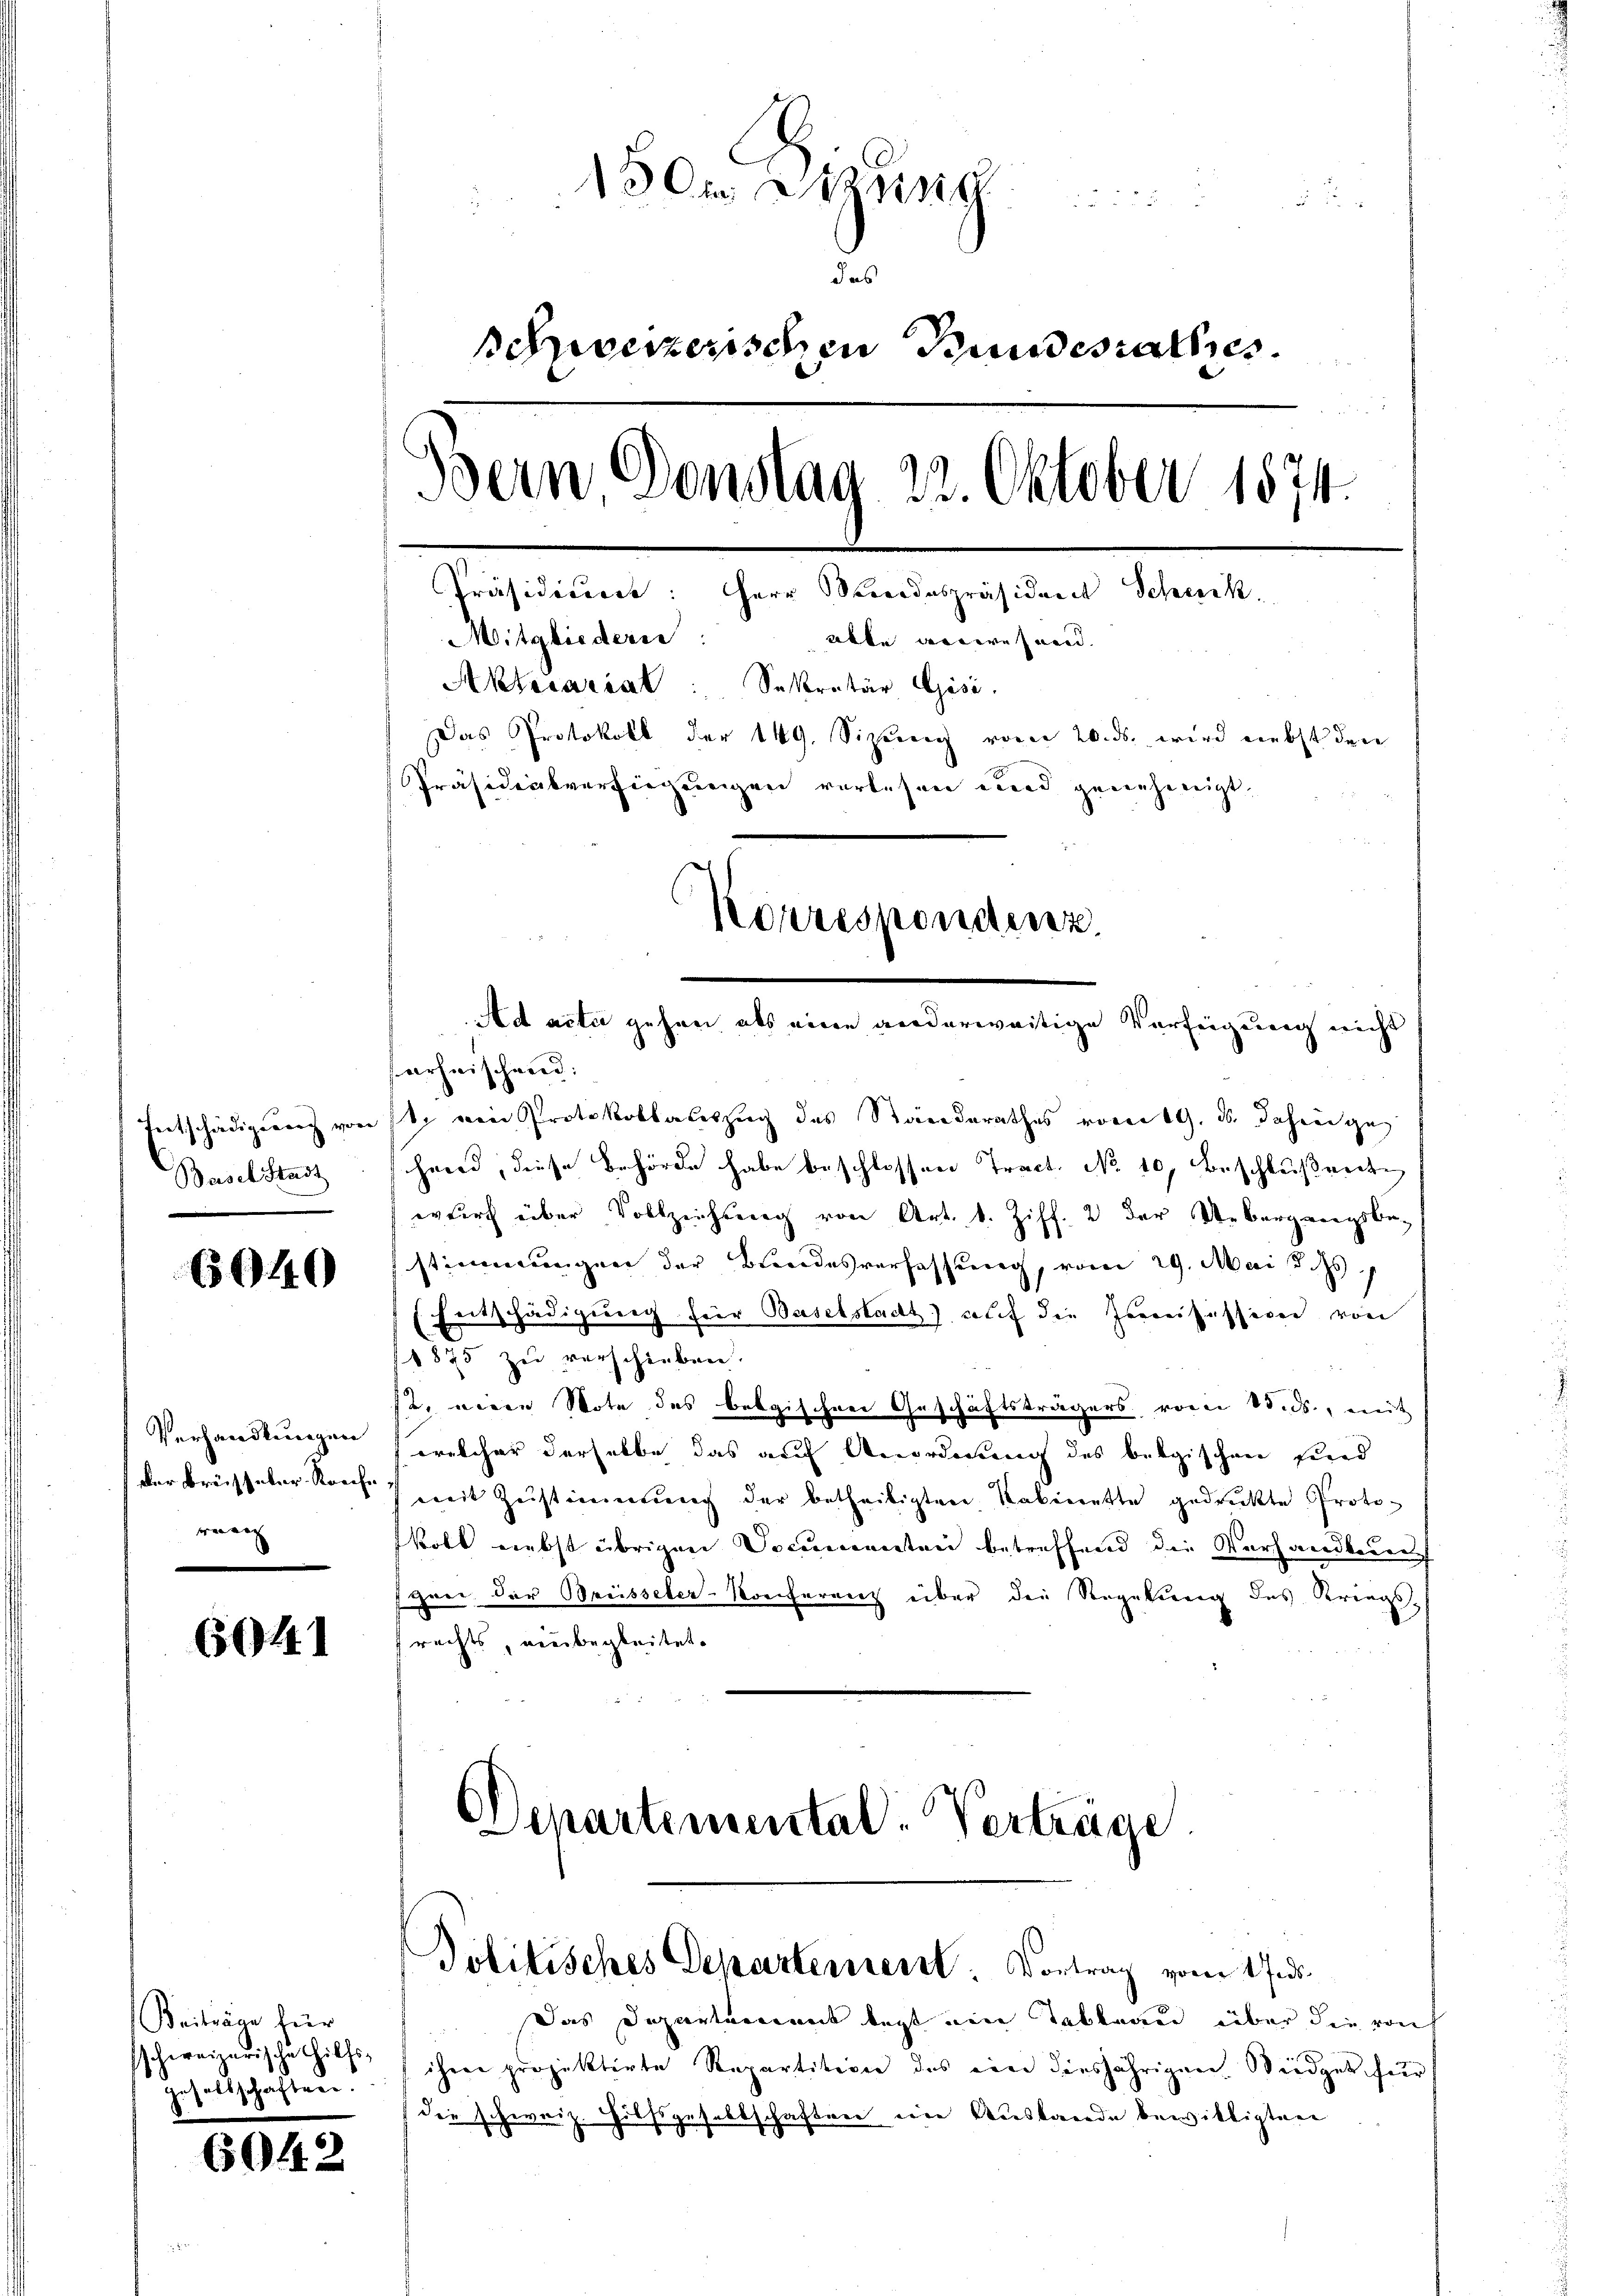
Basel Stadt

6040

Verhandlungen
Der Breissekur-Reichreang

(5644

Beiträge für
schweizerische Hilfsgesellschaften.

604

50r Weing
3 x
das
schweizerischen Bundesrathes
Bein Donstag 22. Oktober 1874.
Präsidiciret: Herr Seidespräsident Schnik.
Mitgliederse: alle verwehnen.
Aktecarial: Sekretär Gisi
Das Protokoll der 149. Sizung vom 20. ds. wird nebst den
Präsidialversiegungen verlesen und genehmigt.
Korrespondenz.
Ad acta gehen als eine anderweitige Verfügung nicht

erheischend:
Entschädigung von 11. von Protokollauszug des Ständerathes vom 19. ds. dahin geg
shand, diese Behörde habe beschlossen Tract. No 10. Beschlußenden
wurf über Vollziehung von Art. 1. Ziff. 2 der Uebergangsbe-
stimmungen der Bundesverfassung, vom 29. Mai d. Js.
Entschädigung für Baselstadt) auf die Irrreisessiven von
1875 zu verschieben.
u. neuen Note des belgischen Geschäftsträgers vom 15. ds., mit
welcher derselbe das auf Anordnung des belgischen sind
weit Zŭstimmung der betheiligten Kabinette gedruckte Proto-
koll nebst übrigen Documenten betreffend die Vorhandlung
fahren der Brüsseler-Konferenz über die Regelung des Kriegsfrechts, einbegleitet.

Departemental-Verträge.

Politisches Departement: Vortrag vom 17.ds.

Das Departement legt ein Tableau über die von
ihrer projektirte Repartition des ein diesjährigen Weidget für
die schweiz. Hilfsgesellschaften eine Auslande bewilligten